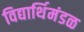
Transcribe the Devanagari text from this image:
विद्यार्थिमंडळ